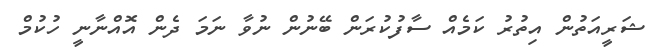
ޝަރީއަތުން އިތުރު ކަމެއް ސާފުކުރަން ބޭނުން ނުވާ ނަމަ ދެން އޮއްނާނީ ހުކުމް